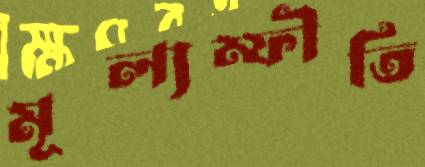
মূল্যম্ফীতি